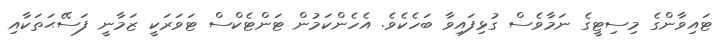
ޓައިވާންގެ މިސިޓީގެ ނަމާވެސް ގުޅިފައިވާ ބަހެކެވެ. އެހެންކަމުން ޓަންޓެކްސް ޓަވަރަކީ ޒަމާނީ ފަސޭޙަތަކާއި